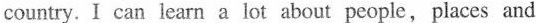
country. I can learn a lot about people,places and